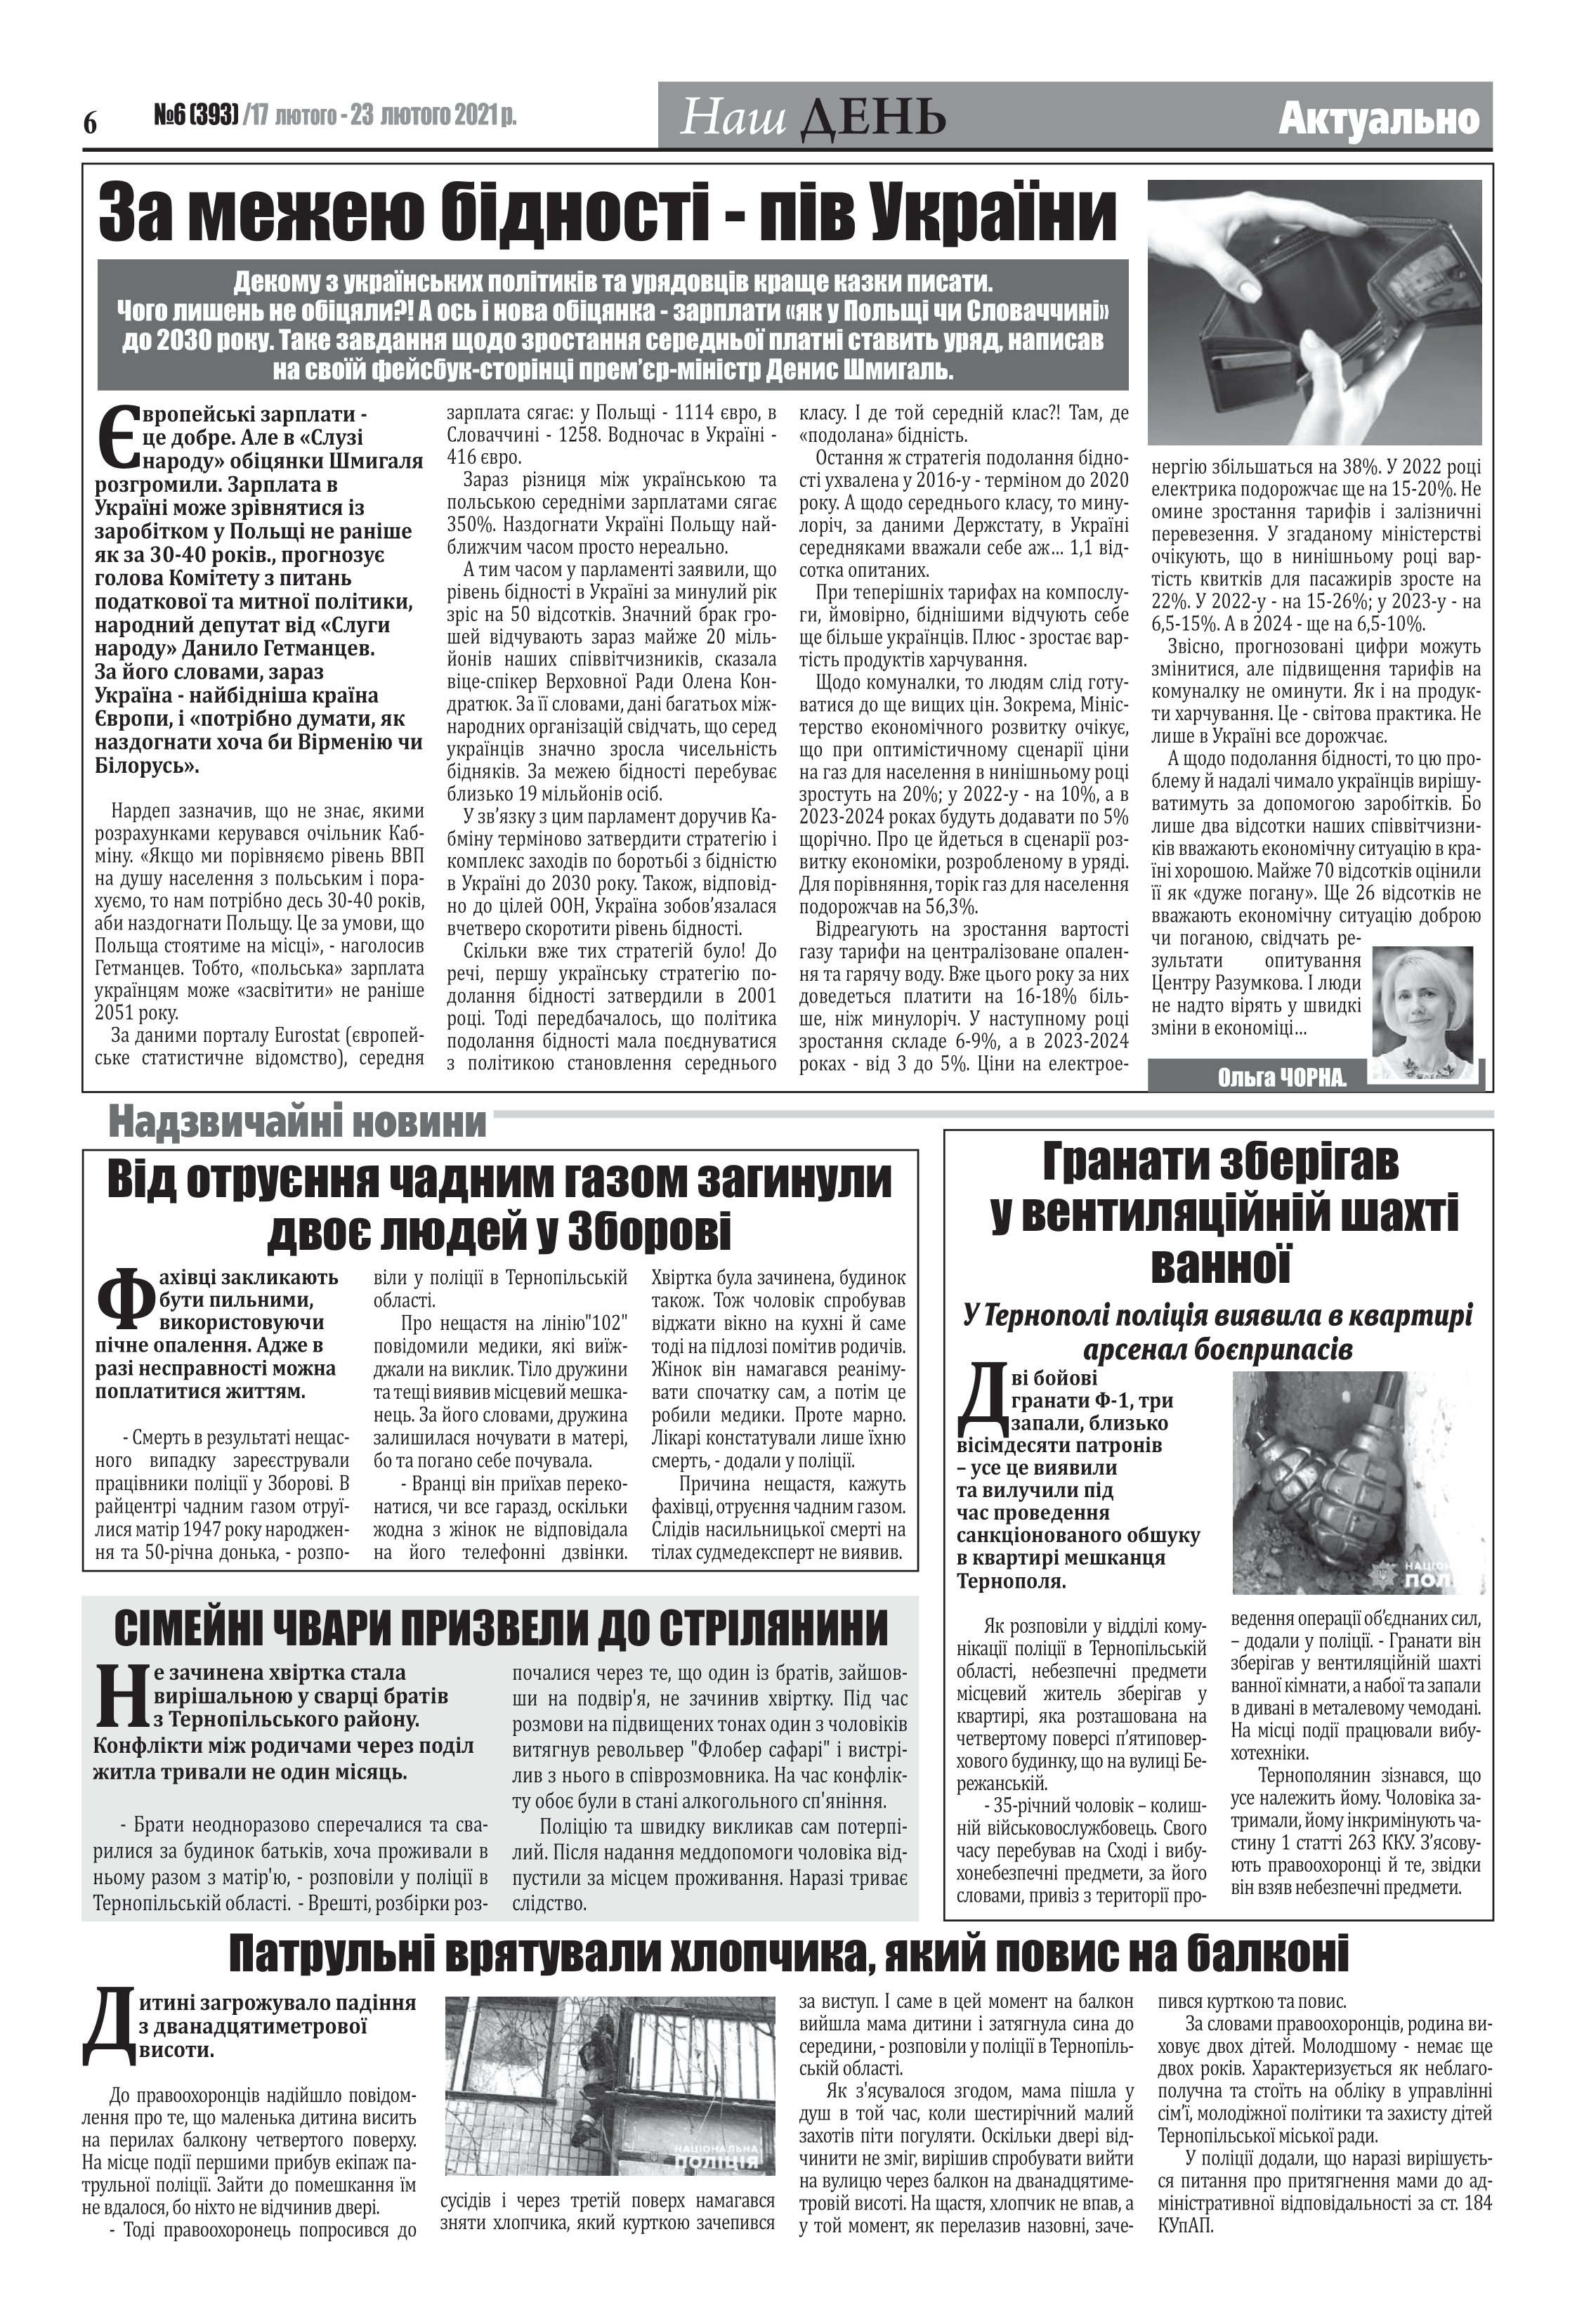
Language: uk